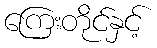
ကြေးတိုင်နှင့်